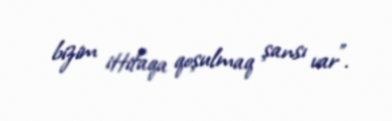
bizim ittifaqa qoşulmaq şansı var”.